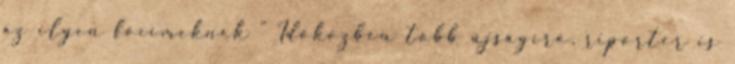
az ilyen főcímeknek " Időközben több újságíró, riporter is